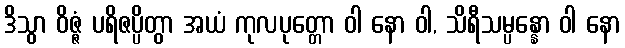
ဒိသွာ ဝိဇ္ဇံ ပရိဇပ္ပိတွာ အယံ ကုလပုတ္တော ဝါ နော ဝါ, သိရီသမ္ပန္နော ဝါ နော